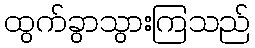
ထွက်ခွာသွားကြသည်